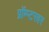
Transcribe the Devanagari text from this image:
प्रॉम्प्टरवर